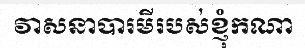
វាសនាបារមីរបស់ខ្ញុំកណា